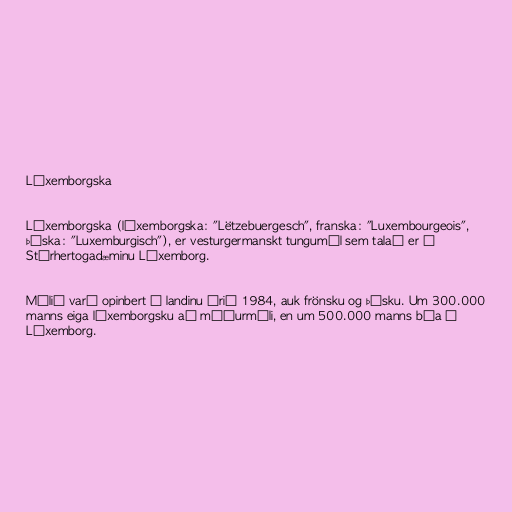
Lúxemborgska

Lúxemborgska (lúxemborgska: "Lëtzebuergesch", franska: "Luxembourgeois",
þýska: "Luxemburgisch"), er vesturgermanskt tungumál sem talað er í
Stórhertogadæminu Lúxemborg.

Málið varð opinbert í landinu árið 1984, auk frönsku og þýsku. Um 300.000
manns eiga lúxemborgsku að móðurmáli, en um 500.000 manns búa í
Lúxemborg.